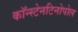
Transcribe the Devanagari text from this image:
कॉन्स्टेनटिनोपोल